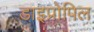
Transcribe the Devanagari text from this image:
डाइप्रोपिल